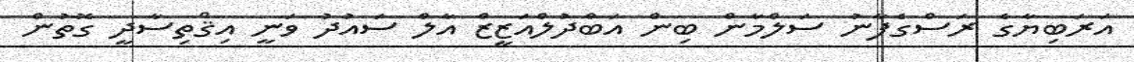
އަރަބިޔާގެ ރަސްގެފާނު ސަލްމާން ބިން އަބްދުލްއަޒީޒް އާލް ސައުދު ވަނީ އިޤްތިސާދީ ގޮތުން